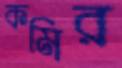
কমির